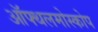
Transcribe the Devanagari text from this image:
ऑफ्थलमोस्कोप